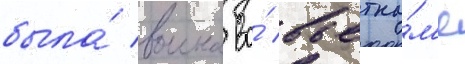
была́ воина во́ вьетна́м'е